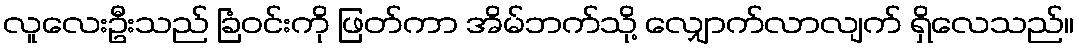
လူလေးဦးသည် ခြံဝင်းကို ဖြတ်ကာ အိမ်ဘက်သို့ လျှောက်လာလျက် ရှိလေသည်။